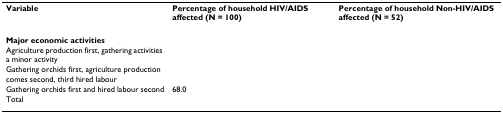
<table><thead><tr><td><b>Variable</b></td><td><b>Percentage of household HIV/AIDS affected (N = 100)</b></td><td><b>Percentage of household Non-HIV/AIDS affected (N = 52)</b></td></tr></thead><tbody><tr><td><b>Major economic activities</b></td><td>[EMPTY_CELL]</td><td>[EMPTY_CELL]</td></tr><tr><td>Agriculture production first, gathering activities a minor activity</td><td>[EMPTY_CELL]</td><td>[EMPTY_CELL]</td></tr><tr><td>Gathering orchids first, agriculture production comes second, third hired labour</td><td>[EMPTY_CELL]</td><td>[EMPTY_CELL]</td></tr><tr><td>Gathering orchids first and hired labour second</td><td>68.0</td><td>[EMPTY_CELL]</td></tr><tr><td>Total</td><td>[EMPTY_CELL]</td><td>[EMPTY_CELL]</td></tr></tbody></table>